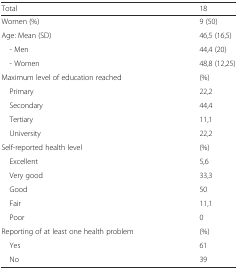
| Total | 18 |
 | --- | --- |
 | Women (%) | 9 (50) |
 | Age: Mean (SD) | 46,5 (16,5) |
 | - Men | 44,4 (20) |
 | - Women | 48,8 (12,25) |
 | Maximum level of education reached | (%) |
 | Primary | 22,2 |
 | Secondary | 44,4 |
 | Tertiary | 11,1 |
 | University | 22,2 |
 | Self-reported health level | (%) |
 | Excellent | 5,6 |
 | Very good | 33,3 |
 | Good | 50 |
 | Fair | 11,1 |
 | Poor | 0 |
 | Reporting of at least one health problem | (%) |
 | Yes | 61 |
 | No | 39 |